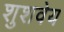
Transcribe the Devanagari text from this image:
शुशवेय